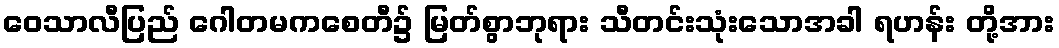
ဝေသာလီပြည် ဂေါတမကစေတီ၌ မြတ်စွာဘုရား သီတင်းသုံးသောအခါ ရဟန်း တို့အား